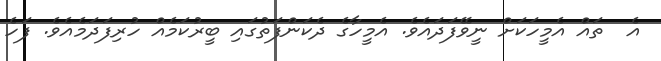
އެ  ތައް އެމީހަކަށް ނީވޭފަދައެވެ. އެމީހާގެ ދެކަންފަތުގައި ބީރުކަމެއް ހުރިފަދަމެއެވެ. ފަހެ